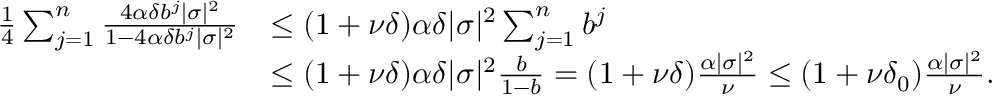
\begin{array} { r l } { \frac { 1 } { 4 } \sum _ { j = 1 } ^ { n } \frac { 4 \alpha \delta b ^ { j } | \sigma | ^ { 2 } } { 1 - 4 \alpha \delta b ^ { j } | \sigma | ^ { 2 } } } & { \leq ( 1 + \nu \delta ) \alpha \delta | \sigma | ^ { 2 } \sum _ { j = 1 } ^ { n } b ^ { j } } \\ & { \leq ( 1 + \nu \delta ) \alpha \delta | \sigma | ^ { 2 } \frac { b } { 1 - b } = ( 1 + \nu \delta ) \frac { \alpha | \sigma | ^ { 2 } } { \nu } \leq ( 1 + \nu \delta _ { 0 } ) \frac { \alpha | \sigma | ^ { 2 } } { \nu } . } \end{array}